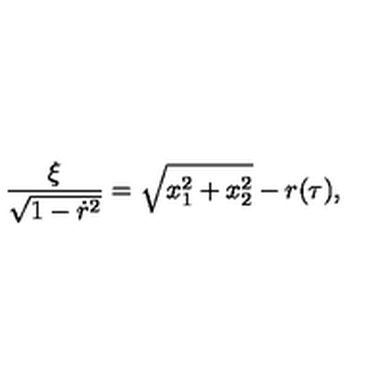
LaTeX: \frac { \xi } { \sqrt { 1 - \dot { r } ^ { 2 } } } = \sqrt { x _ { 1 } ^ { 2 } + x _ { 2 } ^ { 2 } } - r ( \tau ) ,